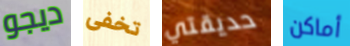
ديجو تخفى حديقتي أماكن